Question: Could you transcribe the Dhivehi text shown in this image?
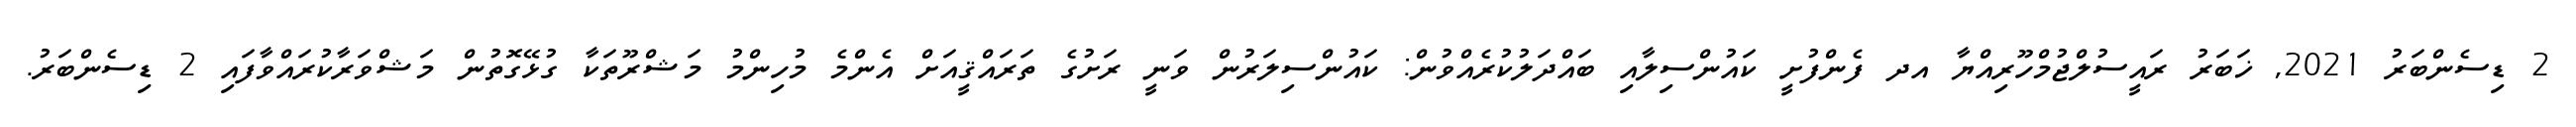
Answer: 2 ޑިސެންބަރު 2021, ޚަބަރު ރައީސުލްޖުމްހޫރިއްޔާ އދ ފެންފުށީ ކައުންސިލާއި ބައްދަލުކުރެއްވުން: ކައުންސިލަރުން ވަނީ ރަށުގެ ތަރައްޤީއަށް އެންމެ މުހިންމު މަޝްރޫތަކާ ގުޅޭގޮތުން މަޝްވަރާކުރައްވާފައި 2 ޑިސެންބަރު.